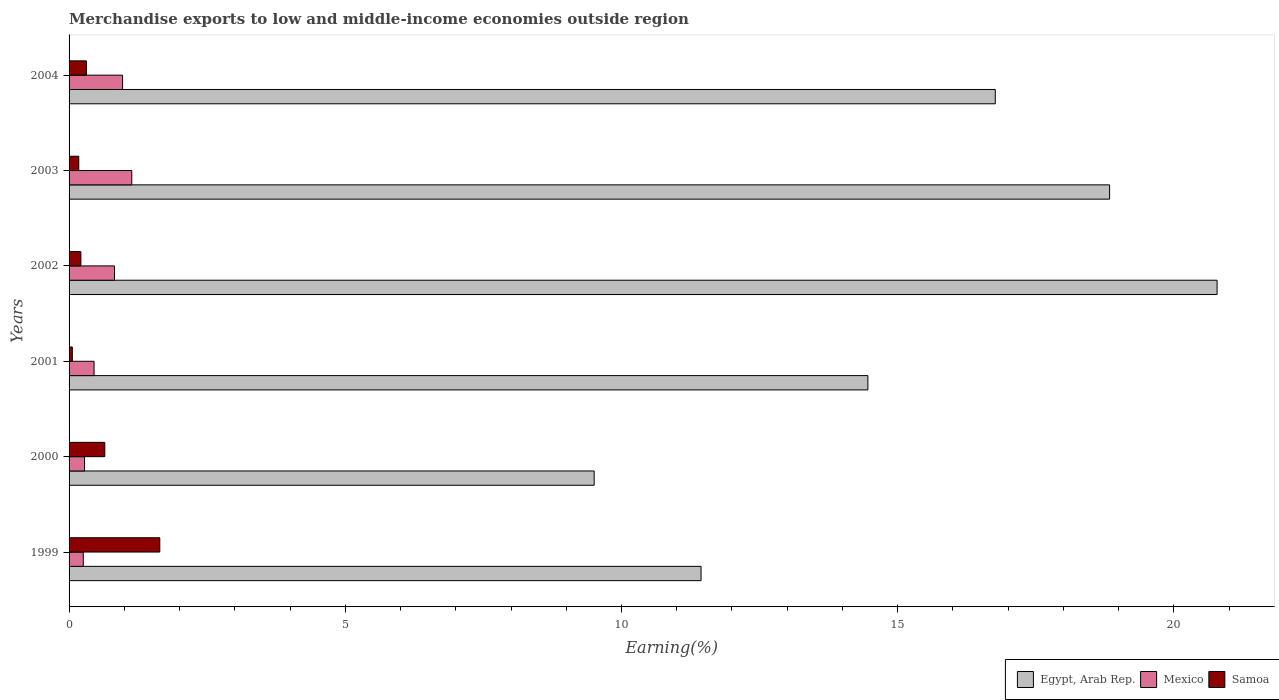
| Years | Egypt, Arab Rep. | Mexico | Samoa |
 | --- | --- | --- | --- |
 | 1999 | 11.4 | 0.257 | 1.64 |
 | 2000 | 9.51 | 0.28 | 0.647 |
 | 2001 | 14.5 | 0.452 | 0.059 |
 | 2002 | 20.8 | 0.822 | 0.214 |
 | 2003 | 18.8 | 1.14 | 0.176 |
 | 2004 | 16.8 | 0.968 | 0.313 |